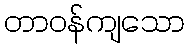
တာဝန်ကျသော